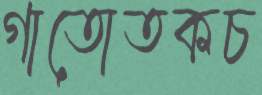
গাতোতকচ